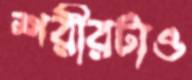
শরীরটাও